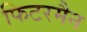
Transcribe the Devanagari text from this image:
फिटरमैन